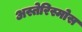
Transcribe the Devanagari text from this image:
अस्तेरिस्मोस